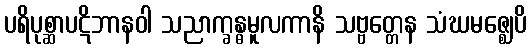
ပရိပုစ္ဆာပဋိဘာနဝါ သညာက္ခန္ဓမူလကာနိ သဗ္ဗတ္တေန သံဃမဇ္ဈေပိ